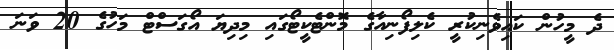
ދެ މީހުން ކައިވެނިކުރީ ކެލިފޯނިއާގެ މޮންޓެކީޓޯގައި މިދިޔަ އޯގަސްޓް މަހުގެ 20 ވަނަ